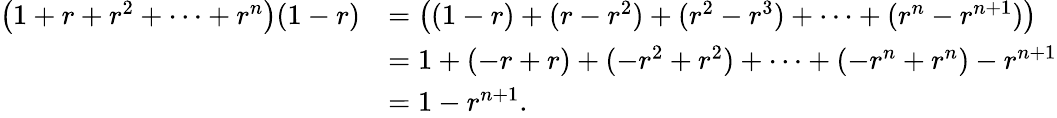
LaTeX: {\begin{array}{rl}{\left(1+r+r^{2}+\cdots+r^{n}\right)(1-r)}&{=\left((1-r)+(r-r^{2})+(r^{2}-r^{3})+\dots+(r^{n}-r^{n+1})\right)}\\ &{=1+(-r+r)+(-r^{2}+r^{2})+\dots+(-r^{n}+r^{n})-r^{n+1}}\\ &{=1-r^{n+1}.}\end{array}}